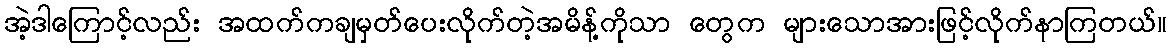
အဲ့ဒါကြောင့်လည်း အထက်ကချမှတ်ပေးလိုက်တဲ့အမိန့်ကိုသာ တွေက များသောအားဖြင့်လိုက်နာကြတယ်။